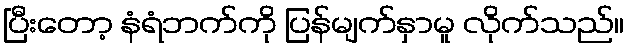
ပြီးတော့ နံရံဘက်ကို ပြန်မျက်နှာမူ လိုက်သည်။